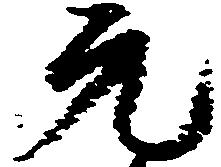
元